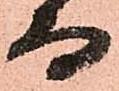
而